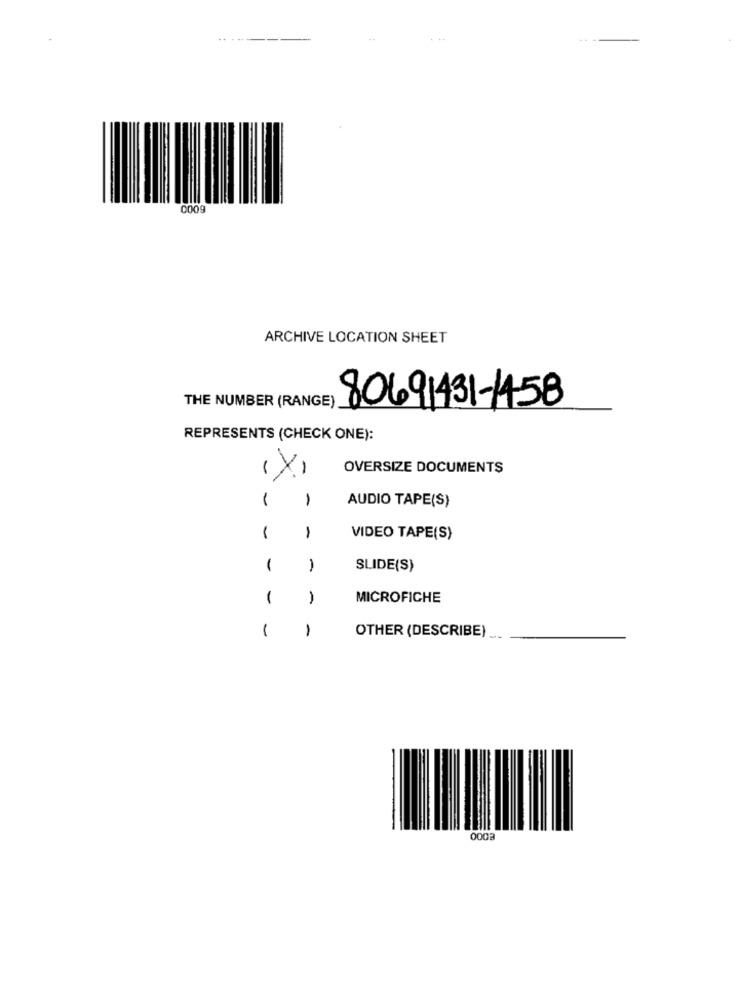
-----
0009
ARCHIVE LOCATION SHEET
THE NUMBER (RANGE)
80691431-1458
REPRESENTS (CHECK ONE):
(X)
OVERSIZE DOCUMENTS
-
1
AUDIO TAPE(S)
-
1
VIDEO TAPE(S)
1
-
SLIDE(S)
1
MICROFICHE
1
1
OTHER (DESCRIBE)